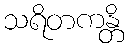
သရိတကန္တိ